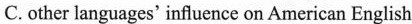
C.other languages'influence on American English